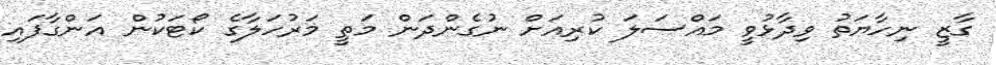
ގާޒީ ނިހާޔަތު ވިދާޅުވީ މައްސަލަ ކުރިއަށް ނުގެންދަން މަތީ މަރުހަލާގެ ކޯޓަކުން އަންގާފައި